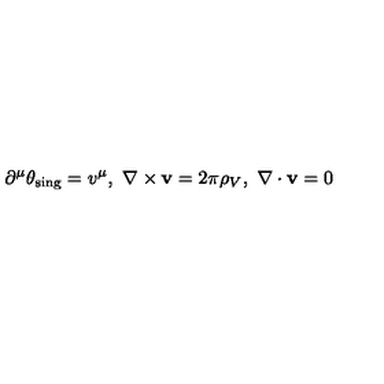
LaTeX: \partial ^ { \mu } \theta _ { \mathrm { s i n g } } = v ^ { \mu } , \ \nabla \times { \bf v } = 2 \pi \rho _ { V } , \ \nabla \cdot { \bf v } = 0